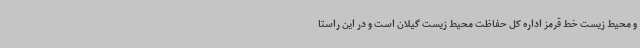
و محیط زیست خط قرمز اداره کل حفاظت محیط زیست گیلان است و در این راستا